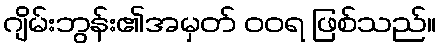
ဂျိမ်းဘွန်း၏အမှတ် ဝဝရ ဖြစ်သည်။